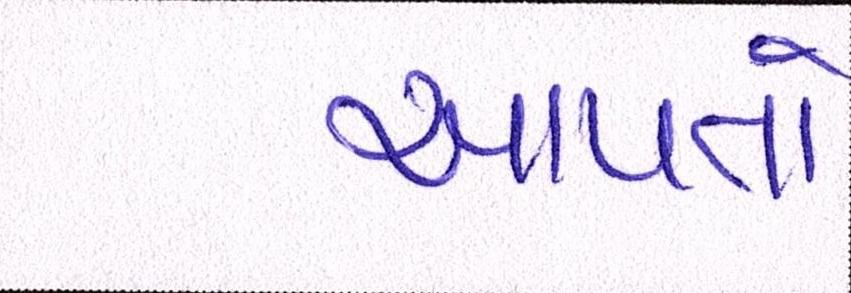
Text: આપતો